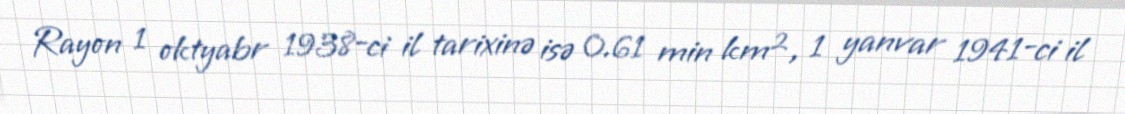
Rayon 1 oktyabr 1938-ci il tarixinə isə 0.61 min km², 1 yanvar 1941-ci il